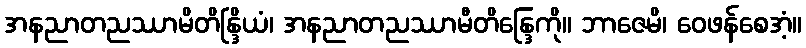
အနညာတညဿာမိတိန္ဒြိယံ၊ အနညာတညဿာမီတိန္ဒြေကို။ ဘာဇေမိ၊ ဝေဖန်စေအံ့။